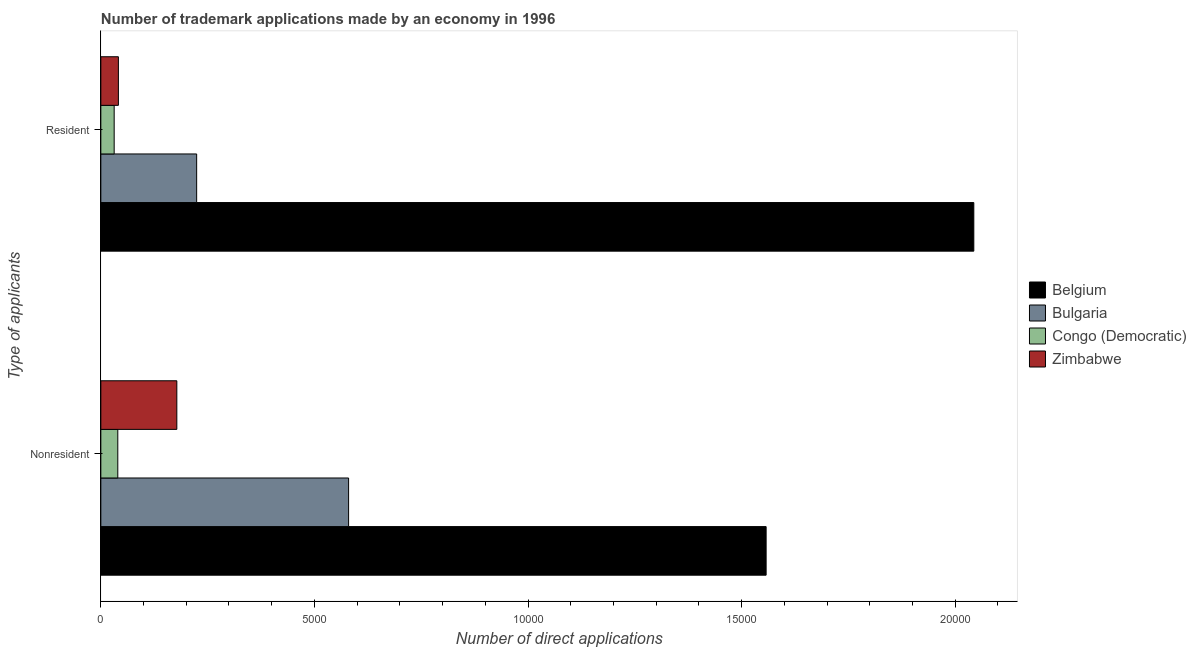
| Type of applicants | Belgium | Bulgaria | Congo (Democratic) | Zimbabwe |
 | --- | --- | --- | --- | --- |
 | Nonresident | 1.56e+04 | 5.8e+03 | 397 | 1.78e+03 |
 | Resident | 2.04e+04 | 2.24e+03 | 312 | 411 |